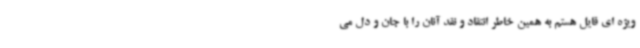
ویژه ای قایل هستم به همین خاطر انتقاد و نقد آنان را با جان و دل می